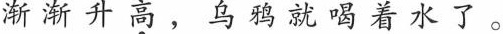
渐渐升高，乌鸦就喝着水了。